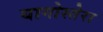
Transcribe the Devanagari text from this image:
यागोस्तेरा